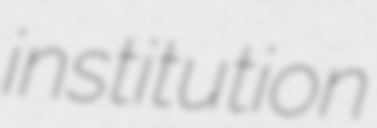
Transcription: institution